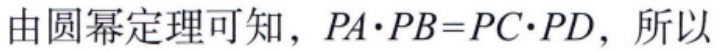
由圆幂定理可知，\(PA\cdot PB = PC\cdot PD\)，所以